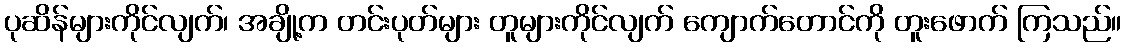
ပုဆိန်များကိုင်လျက်၊ အချို့က တင်းပုတ်များ တူများကိုင်လျက် ကျောက်တောင်ကို တူးဖောက် ကြသည်။